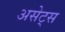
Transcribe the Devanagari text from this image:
असेट्स